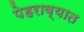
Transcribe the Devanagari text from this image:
पेहराव्यात